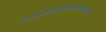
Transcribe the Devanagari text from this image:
तत्स्थानाच्छनकैर्नीत्वाकदाचिज्जाह्नवीजले